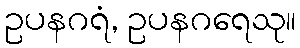
ဥပနဂရံ, ဥပနဂရေသု။